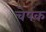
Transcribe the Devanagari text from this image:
चेपक